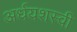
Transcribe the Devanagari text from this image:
अर्धयशस्वी